Leaving Certificate Examination (including Day School Certificate (Higher) General paper), 1937
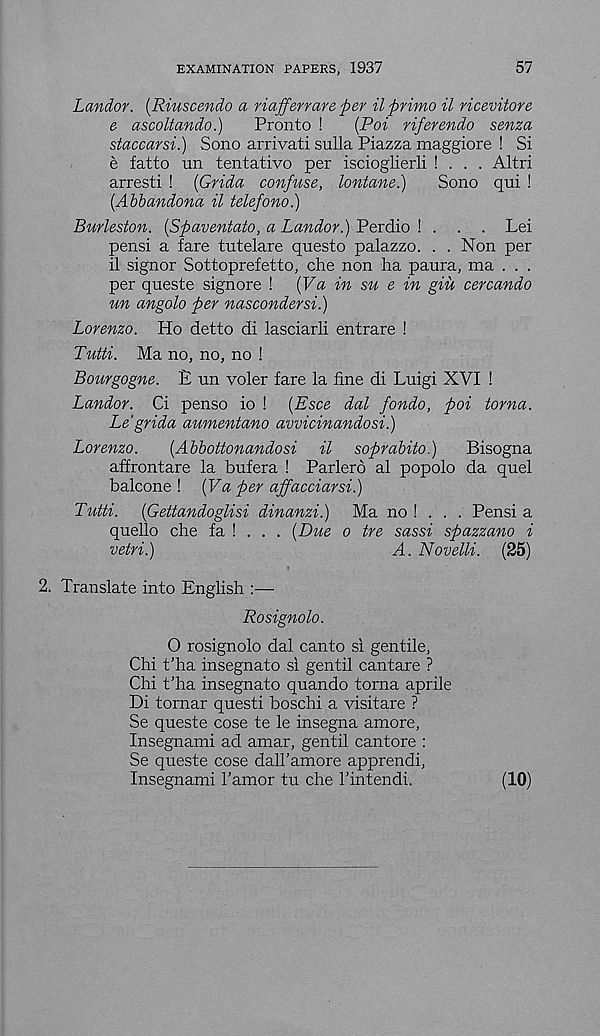
EXAMINATION PAPERS, 1937
57
Landor. (Riuscendo a riafferrare per ilprimo il ricevitore
e ascoltando.)
Pronto !
(Poi riferendo senza
staccarsi.) Sono arrivati sulla Piazza maggiore ! Si
e fatto un tentative per iscioglierli ! . . . Altri
arresti ! (Grida confuse, lontane.)
Sono qui !
(Abbandona il telefono.)
Burleston. (Spaventato, a Landor.) Perdio ! . . . Lei
pensi a fare tutelare questo palazzo. . . Non per
il signor Sottoprefetto, che non ha paura, ma . . .
per queste signore !
{ya in su e in giu cercando
un angolo per nascondersi.)
Lorenzo. Ho detto di lasciarli entrare !
Tutti. Ma no, no, no !
Bourgogne. E un voter fare la fine di Luigi XVI !
Landor. Ci penso io ! [Esce dal fondo, poi torna.
Le'grida aumentano avvicinandosi.)
Lorenzo.
[Abbottonandosi il soprabito.)
Bisogna
affrontare la bufera ! Parlerd al popolo da quel
balcone ! (Va per affacciarsi.)
Tutti.
{Gettandoglisi dinanzi.) Ma no ! . . . Pensi a
quello die fa ! . . . (Due o tre sassi spazzano i
vetri.)
A. Novelli. (25)
2. Translate into English :—-
Rosignolo.
O rosignolo dal canto si gentile,
Chi t’ha insegnato si gentil cantare ?
Chi t’ha insegnato quando torna aprile
Di tornar questi boschi a visitare ?
Se queste cose te le insegna amore,
Insegnami ad amar, gentil cantore :
Se queste cose dall’amore apprendi,
Insegnami I’amor tu che I’intendi.
(10)